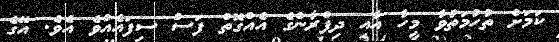
ކަމަށް ތުހުމަތުވާ މީހާ އާއި ދިފްރާންގެ އެއްގޮތް ފަސް ސިފައެއްވެ އެވެ. އޭގެ